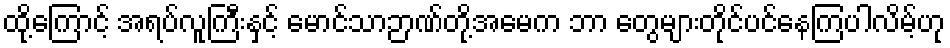
ထို့ကြောင့် အရပ်လူကြီးနှင့် မောင်သာဉာဏ်တို့အမေက ဘာ တွေများတိုင်ပင်နေကြပါလိမ့်ဟု